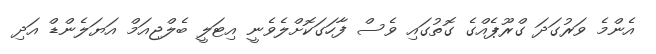
އެންމެ ވަރުގަދަ ގްރޫޕެއްގެ ގޮތުގައި ވެސް ފާހަގަކޮށްލެވެނީ އިޓަލީ ބެލްޖިއަމް އަޔަލެންޑް އަދި